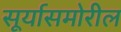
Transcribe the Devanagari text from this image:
सूर्यासमोरील